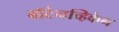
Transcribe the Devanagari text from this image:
बॉटेनव्हिकेन